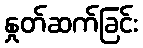
နှုတ်ဆက်ခြင်း